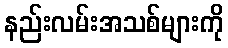
နည်းလမ်းအသစ်များကို